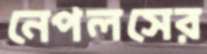
নেপলসের